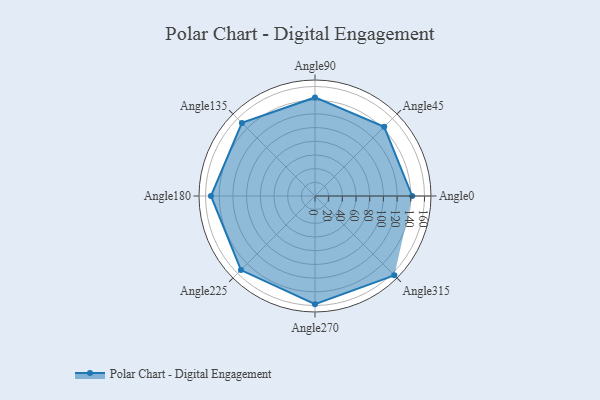
{"axis": {"x": "Angle", "y": "Radius"}, "legend": [""], "data": [{"x": "Angle0", "y": 142.0, "type": ""}, {"x": "Angle45", "y": 143.0, "type": ""}, {"x": "Angle90", "y": 144.0, "type": ""}, {"x": "Angle135", "y": 151.0, "type": ""}, {"x": "Angle180", "y": 152.0, "type": ""}, {"x": "Angle225", "y": 153.0, "type": ""}, {"x": "Angle270", "y": 158.0, "type": ""}, {"x": "Angle315", "y": 164.0, "type": ""}]}